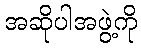
အဆိုပါအဖွဲ့ကို